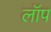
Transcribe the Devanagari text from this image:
लॉप